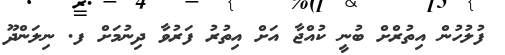
ފުލުހުން އިތުރްށް ބުނީ ކުއްޖާ އަށް އިތުރު ފަރުވާ ދިނުމަށް ފ. ނިލަންދޫ